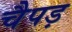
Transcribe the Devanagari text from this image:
चैपड़